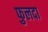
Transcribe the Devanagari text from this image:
फुलदा